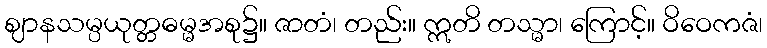
ဈာနသမ္ပယုတ္တဓမ္မအစု၌။ ဇာတံ၊ တည်း။ ဣတိ တသ္မာ၊ ကြောင့်။ ဝိဝေကဇံ၊